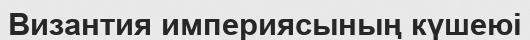
Византия империясының күшеюі